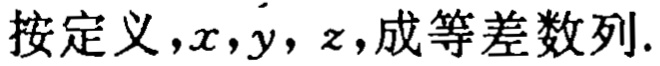
按定义，\(x,y,z\)，成等差数列.